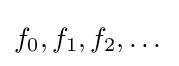
f_{0},f_{1},f_{2},\dots